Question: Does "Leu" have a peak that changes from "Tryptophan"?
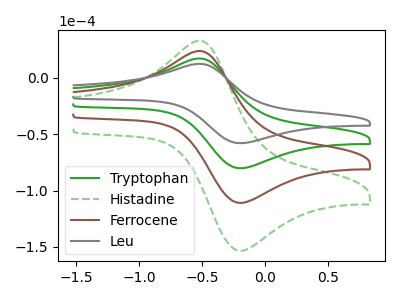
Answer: <think>The green curve "Tryptophan" has an anodic peak at (-0.50V, 16.85uA) and a cathodic peak at (-0.20V, -80.10uA). The green dashed curve "Histadine" has an anodic peak at (-0.50V, 50.55uA) and a cathodic peak at (-0.20V, -240.35uA). The brown curve "Ferrocene" has an anodic peak at (-0.50V, 33.70uA) and a cathodic peak at (-0.20V, -160.25uA). The gray curve "Leu" has an anodic peak at (-0.50V, 12.20uA) and a cathodic peak at (-0.20V, -57.95uA).
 All the peaks in "Leu" have a peak in "Tryptophan" at the same potential. Every peak in "Leu" is lower than every peak in "Tryptophan".</think>
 <answer>No, "Leu" and "Tryptophan" don't appear to be significantly different in shape</answer>
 <eval>no_change</eval>